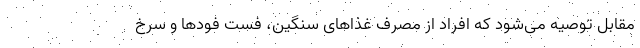
مقابل توصیه می‌شود که افراد از مصرف غذاهای سنگین، فست فودها و سرخ